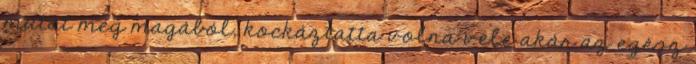
mutat meg magából, kockáztatta volna vele akár az egész